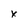
Character: x